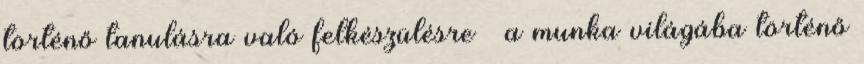
történő tanulásra való felkészülésre  a munka világába történő